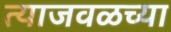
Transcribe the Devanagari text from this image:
त्याजवळच्या